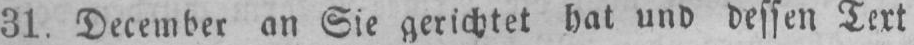
31. December an Sie gerichtet hat und dessen Text